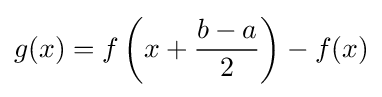
g(x)=f\left(x+{\dfrac {b-a}{2}}\right)-f(x)